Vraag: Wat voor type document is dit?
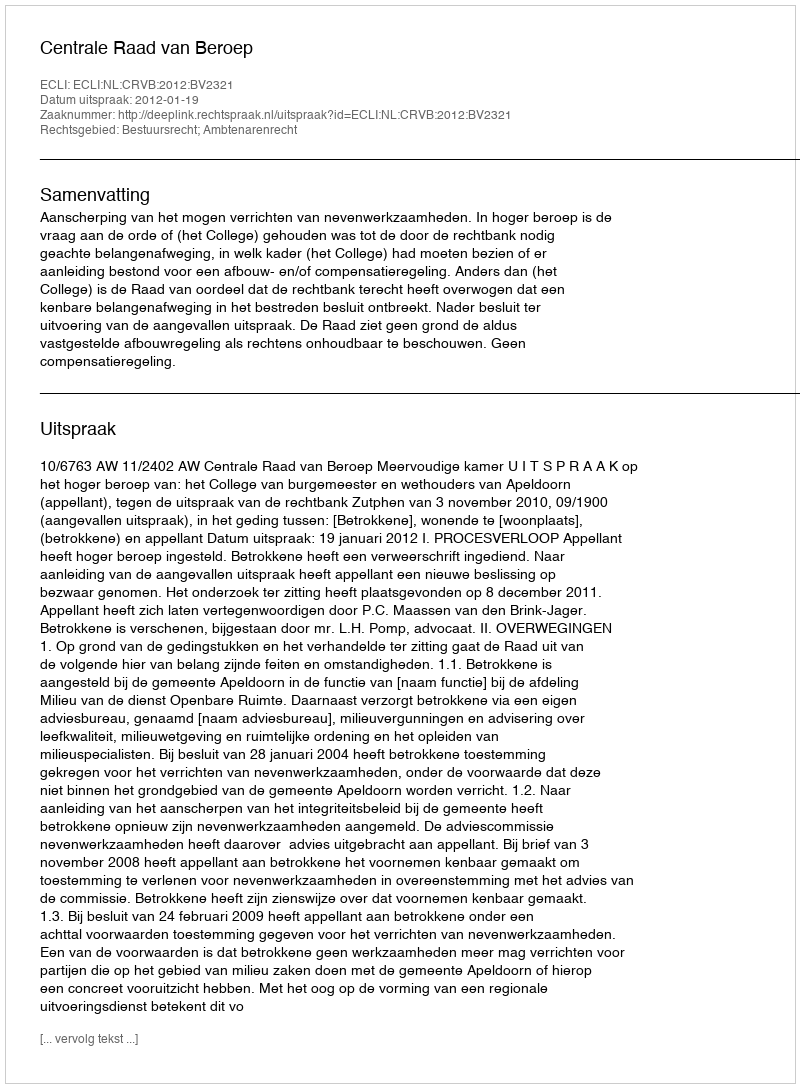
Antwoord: Uitspraak